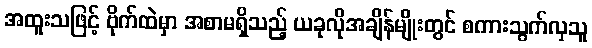
အထူးသဖြင့် ဗိုက်ထဲမှာ အစာမရှိသည့် ယခုလိုအချိန်မျိုးတွင် စကားသွက်လှသူ